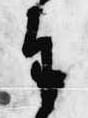
奉